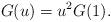
LaTeX: \begin{align*}G(u) = u^2 G(1) .\end{align*}